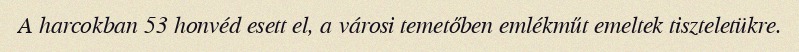
A harcokban 53 honvéd esett el, a városi temetőben emlékműt emeltek tiszteletükre.